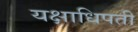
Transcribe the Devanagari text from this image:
यक्षाधिपती